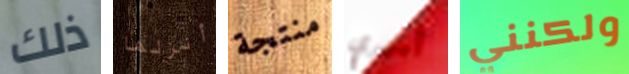
ذلك أنزلها منتجة أميري ولكنني